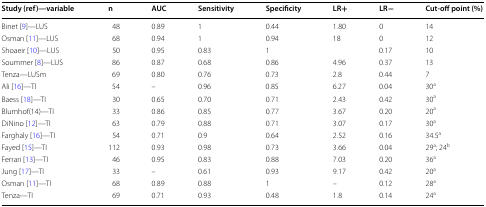
| Study (ref)—variable | n | AUC | Sensitivity | Specificity | LR+ | LR− | Cut-off point (%) |
 | --- | --- | --- | --- | --- | --- | --- | --- |
 | Binet [9]—LUS | 48 | 0.89 | 1 | 0.44 | 1.80 | 0 | 14 |
 | Osman [11]—LUS | 68 | 0.94 | 1 | 0.94 | 18 | 0 | 12 |
 | Shoaeir [10]—LUS | 50 | 0.95 | 0.83 | 1 |  | 0.17 | 10 |
 | Soummer [8]—LUS | 86 | 0.87 | 0.68 | 0.86 | 4.96 | 0.37 | 13 |
 | Tenza—LUSm | 69 | 0.80 | 0.76 | 0.73 | 2.8 | 0.44 | 7 |
 | Ali [16]—TI | 54 | – | 0.96 | 0.85 | 6.27 | 0.04 | 30a |
 | Baess [18]—TI | 30 | 0.65 | 0.70 | 0.71 | 2.43 | 0.42 | 30a |
 | Blumhof(14)—TI | 33 | 0.86 | 0.85 | 0.77 | 3.67 | 0.20 | 20a |
 | DiNino [12]—TI | 63 | 0.79 | 0.88 | 0.71 | 3.07 | 0.17 | 30a |
 | Farghaly [16]—TI | 54 | 0.71 | 0.9 | 0.64 | 2.52 | 0.16 | 34.5a |
 | Fayed [15]—TI | 112 | 0.93 | 0.98 | 0.73 | 3.66 | 0.04 | 29a; 24b |
 | Ferrari [13]—TI | 46 | 0.95 | 0.83 | 0.88 | 7.03 | 0.20 | 36a |
 | Jung [17]—TI | 33 | – | 0.61 | 0.93 | 9.17 | 0.42 | 20a |
 | Osman [11]—TI | 68 | 0.89 | 0.88 | 1 | – | 0.12 | 28a |
 | Tenza—TI | 69 | 0.71 | 0.93 | 0.48 | 1.8 | 0.14 | 24a |